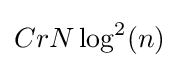
CrN\log ^{2}(n)